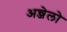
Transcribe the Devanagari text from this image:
अन्जेलो